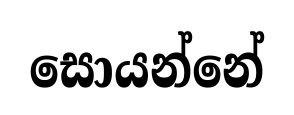
සොයන්නේ